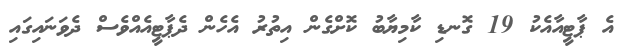
އެ ޕާޓީއާއެކު 19 ގޮނޑި ކާމިޔާބު ކޮށްގެން އިތުރު އެހެން ދެޕާޓީއެއްވެސް ދެވަނައިގައި